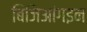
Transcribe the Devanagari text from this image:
बिजिआंगइन